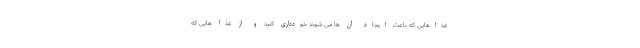
غذاهایی که باعث ایجاد آن ها می شوند خودداری کنید و از غذا هایی که